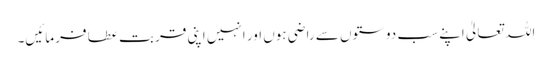
اللہ تعالیٰ اپنے سب دوستوں سے راضی ہوں اور انہیں اپنی قربت عطا فرمائیں۔